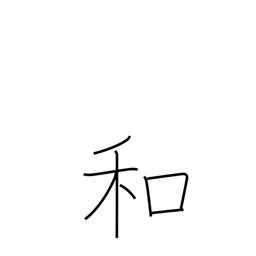
Meaning: soften